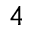
4